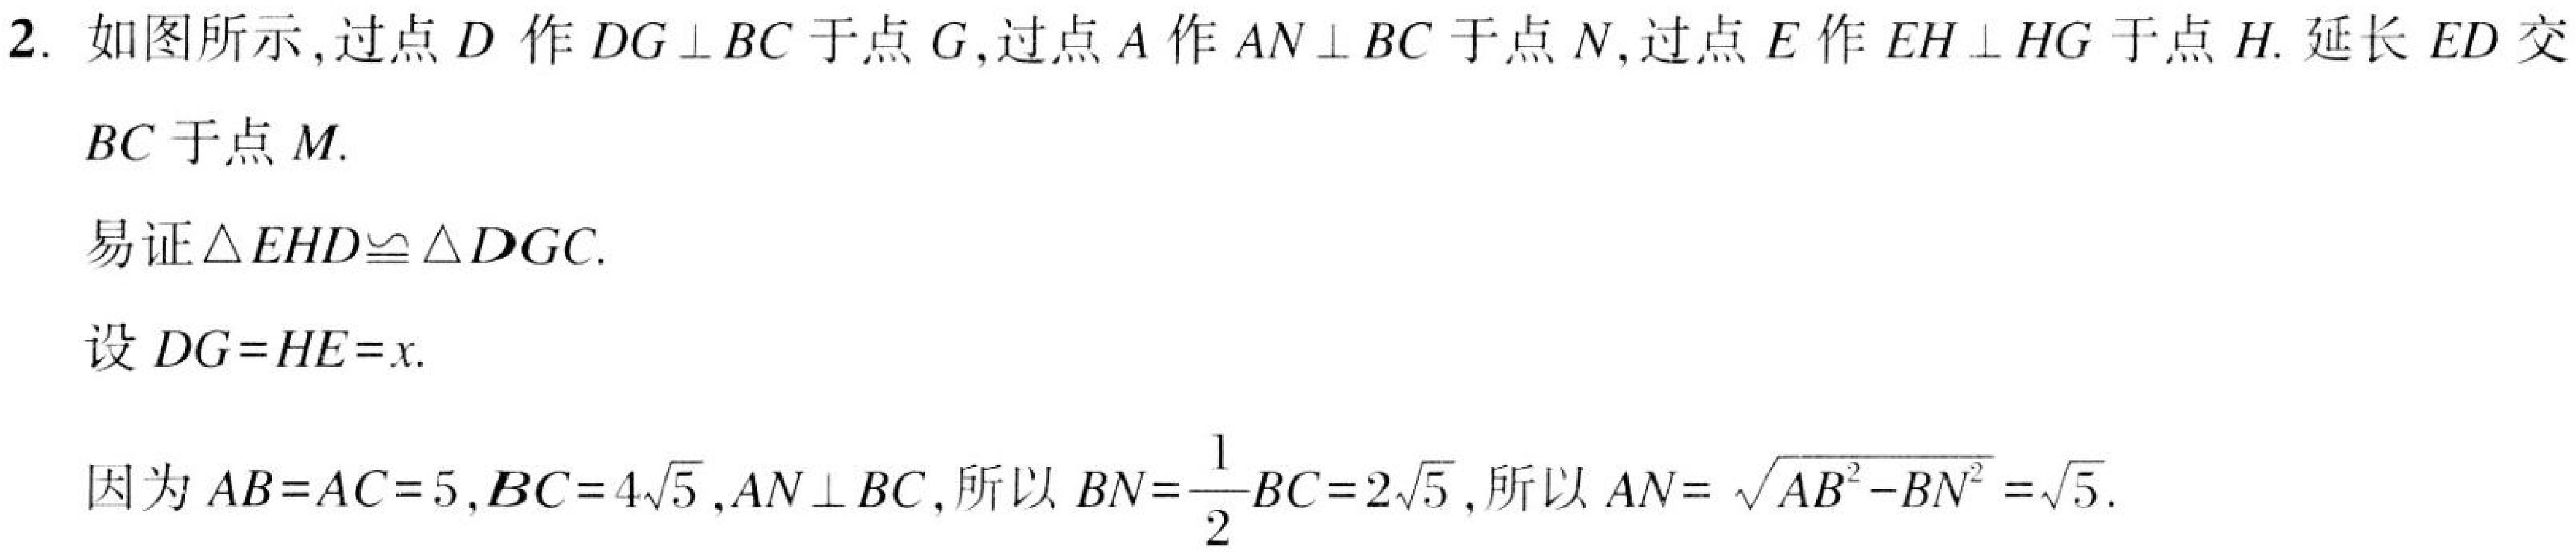
2. 如图所示, 过点 \(D\) 作 \(DG\perp BC\) 于点 \(G\), 过点 \(A\) 作 \(AN\perp BC\) 于点 \(N\), 过点 \(E\) 作 \(EH\perp HG\) 于点 \(H\). 延长 \(ED\) 交 \(BC\) 于点 \(M\).

易证 \(\triangle EHD\cong\triangle DGC\).

设 \(DG = HE=x\).

因为 \(AB = AC = 5\), \(BC = 4\sqrt{5}\), \(AN\perp BC\), 所以 \(BN=\frac{1}{2}BC = 2\sqrt{5}\), 所以 \(AN=\sqrt{AB^{2}-BN^{2}}=\sqrt{5}\).